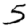
Digit: 5